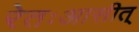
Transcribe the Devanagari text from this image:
रेतःआसीत्